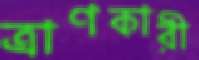
ত্রাণকারী